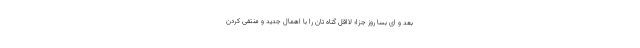
بعد و ای بسا روز جزا؛ لااقل گناه تان را با اهمال جدید و منتفی کردن